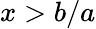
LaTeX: x>b/a